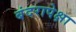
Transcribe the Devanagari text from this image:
बंदरापेक्षा